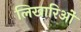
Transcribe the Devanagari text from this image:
लिखारिओं